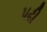
પઢી